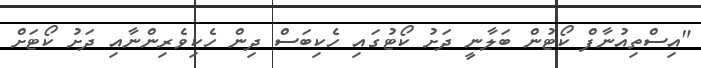
"އިސްތިއުނާފް ކޯޓުން ބަލާނީ ދަށު ކޯޓުގައި ހެކިބަސް ދިން ހެކިވެރިންނާއި ދަށު ކޯޓަށް